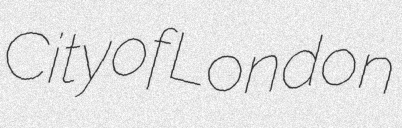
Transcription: City of London